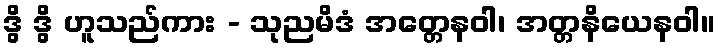
ဒွိ ဒွိ ဟူသည်ကား - သုညမိဒံ အတ္တေနဝါ၊ အတ္တနိယေနဝါ။